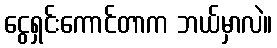
ငွေရှင်းကောင်တာက ဘယ်မှာလဲ။